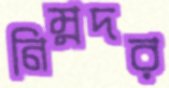
নিম্নদর